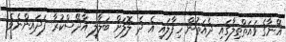
އޭނާގެ ވައަތްތިލާގައި ދެއަތުން ހިފާލައި އެ ދެ ލޮލަށް ބަލާލީ އާދޭސްކުރާ ފަދައިންނެވެ.